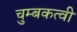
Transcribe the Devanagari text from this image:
चुम्बकत्वी